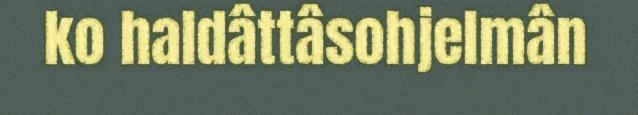
ko haldâttâsohjelmân